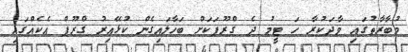
މުބާރާތުގައި ވާދަކުރާ ހަ ޓީމު ދެ ގްރޫޕަކަށް ބަހާލައިގެން ކުޅޭއިރު ގްރޫޕް އެކެއްގައި